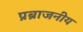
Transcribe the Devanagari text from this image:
प्रब्राजनीय